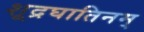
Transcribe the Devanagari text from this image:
शूद्रघातिनम्